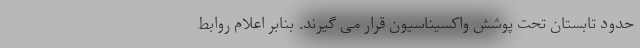
حدود تابستان تحت پوشش واکسیناسیون قرار می گیرند. بنابر اعلام روابط